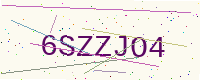
Text: 6SZZJO4